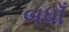
બધાઁ